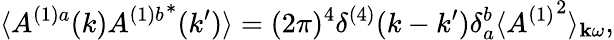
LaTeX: \langle A^{(1)a}(k){A^{(1)b}}^{*}(k^{\prime})\rangle=(2\pi)^{4}\delta^{(4)}(k-k^{\prime})\delta_{a}^{b}\langle{A^{(1)}}^{2}\rangle_{{\mathbf k}\omega},